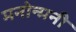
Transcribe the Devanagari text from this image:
मनोन्मनी